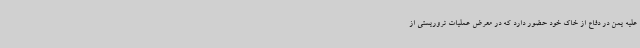
علیه یمن در دفاع از خاک خود حضور دارد که در معرض عملیات تروریستی از